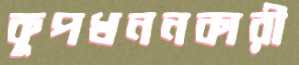
কূপখননকারী